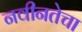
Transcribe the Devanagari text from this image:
नवीनतेचा